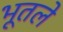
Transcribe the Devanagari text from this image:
भूतले